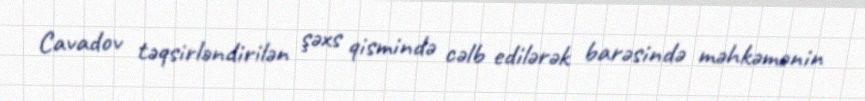
Cavadov təqsirləndirilən şəxs qismində cəlb edilərək barəsində məhkəmənin